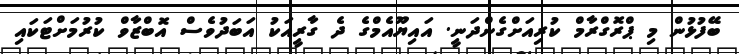
ބޭފުޅުން މި ޕްރޮގްރާމް ކުރިއަށްގެންދަނީ. އައިޔޫއެމްގެ ދެ ގާރީއަކު އަބަދުވެސް އޮބްޒާވް ކުރުމަށްޓަކައި